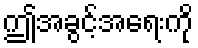
ဤအခွင့်အရေးကို